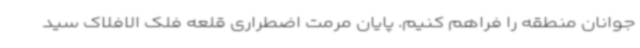
جوانان منطقه را فراهم کنیم. پایان مرمت اضطراری قلعه فلک الافلاک سید